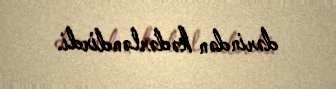
dərindən kədərləndirdi.